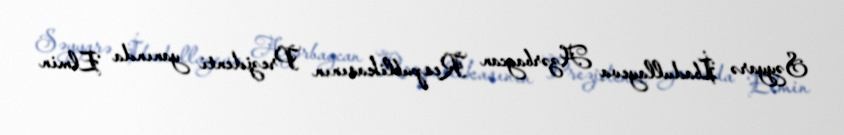
Səyyarə İbadullayeva Azərbaycan Respublikasının Prezidenti yanında Elmin